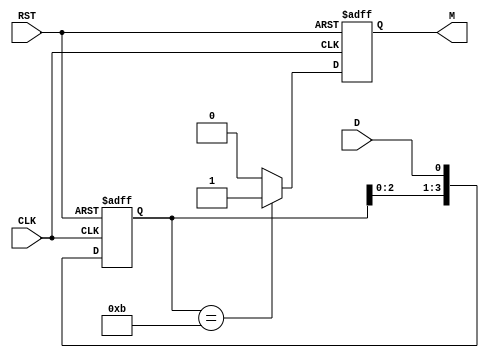
module pattern_detector (
    input wire D,        // Data input
    input wire CLK,      // Clock input
    input wire RST,      // Asynchronous reset
    output reg M         // Match output
);

    // State register to hold the last N bits (4 bits for pattern 1011)
    reg [3:0] state;

    // Define the pattern to be detected
    localparam PATTERN = 4'b1011;

    always @(posedge CLK or posedge RST) begin
        if (RST) begin
            // Reset state and match output
            state <= 4'b0000;
            M <= 1'b0;
        end else begin
            // Shift in the new data bit
            state <= {state[2:0], D}; // Shift left and insert new data bit
            
            // Check for pattern match
            if (state == PATTERN) begin
                M <= 1'b1; // Pattern matched
            end else begin
                M <= 1'b0; // Pattern not matched
            end
        end
    end

endmodule